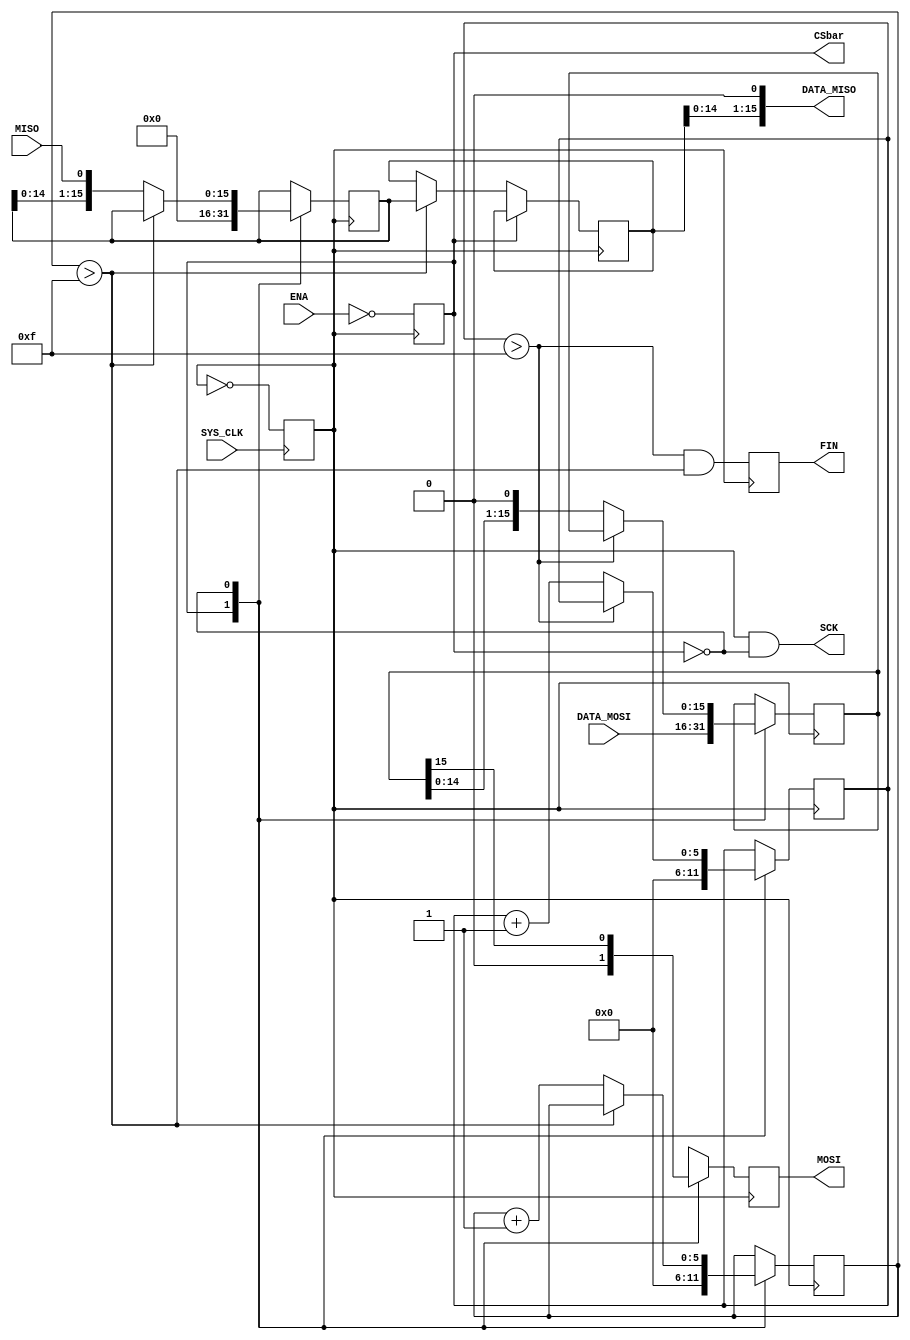
//=================================================
// SPI MASTER MODULE - MICROCONTROLLER
//=================================================
module SPI_MASTER_UC # (parameter outBits = 16)(
	input					SYS_CLK,
	input 				ENA,
	input		[15:0]	DATA_MOSI,
	input 				MISO,
	output  reg				MOSI,
	output  reg				CSbar,
	output 				SCK,
	output  reg				FIN,
	output  	[15:0]	DATA_MISO
	);	

//~~~~~~~~~~~~~~~~~~~~~~~~~~~~~~~~~~~~~~~~~~~~~~~~~	
// Initial setup:
//~~~~~~~~~~~~~~~~~~~~~~~~~~~~~~~~~~~~~~~~~~~~~~~~~	
	reg	[(outBits-1):0]	data_in 				= 0;			// Temp storage for MISO data
	reg	[(outBits-1):0]	data_in_final 		= 0;			// Storage (HOLD) for MISO data 
	reg	[(outBits-1):0]	data_out 			= 0;			// Temp storage for MOSI data
	reg	[5 			:0]	icounter 			= 0;						// counter for MISO data
	reg	[5 			:0]	ocounter 			= 0;						// counter for MOSI data
	
	reg					SPI_CLK;
	always @(posedge SYS_CLK)
		SPI_CLK <= ~SPI_CLK;
	
	assign SCK 				= SPI_CLK & ~CSbar;
	
	assign DATA_MISO 		= data_in_final<<1;
	
	always @(posedge SPI_CLK)
		CSbar					<= ~ENA;
	
	always @(posedge SPI_CLK)
		FIN 					<= (ocounter > (outBits-1)) & (icounter > (outBits-1));
	
	
//~~~~~~~~~~~~~~~~~~~~~~~~~~~~~~~~~~~~~~~~~~~~~~~~~	
// MISO Component (Master Input/Slave Output):
//~~~~~~~~~~~~~~~~~~~~~~~~~~~~~~~~~~~~~~~~~~~~~~~~~	
	always @(posedge SPI_CLK) begin
		case (CSbar)
		1'b1: begin
			icounter 	<= 0;
			data_in		<= 0;
		end

		1'b0: begin			
			case (icounter > (outBits-1))
			1'b0: begin
				data_in 		<= {data_in[(outBits-2):0], MISO};
				
				icounter 	<= icounter + 1;
			end
			default: 
				data_in_final <= data_in;
			endcase
		end
		endcase
	end
	
//~~~~~~~~~~~~~~~~~~~~~~~~~~~~~~~~~~~~~~~~~~~~~~~~~	
// MOSI Component (Master Output/Slave Input):
//~~~~~~~~~~~~~~~~~~~~~~~~~~~~~~~~~~~~~~~~~~~~~~~~~	
	always @(posedge SPI_CLK) begin
		case (CSbar)
		1'b1: begin				
			ocounter				<= 0;
			data_out 			<= DATA_MOSI;	
			MOSI <= 0;
		end
		1'b0: begin
			MOSI <= data_out[(outBits-1)];
			
			case (ocounter > (outBits-1))
			1'b0: begin
				data_out 		<= {data_out[(outBits-2):0], 1'b0};
				
				ocounter 		<= ocounter + 1;
			end
			1'b1:	begin
				;
			end
			endcase
		end
		endcase
	end

endmodule
//=================================================
// END SPI MASTER MODULE
//=================================================